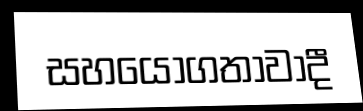
සහයෝගතාවාදී